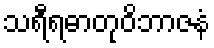
သရီရဓာတုဝိဘာဇနံ